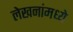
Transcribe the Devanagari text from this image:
लेखनांमध्ये